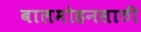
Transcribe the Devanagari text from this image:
बालमोहनसाठी